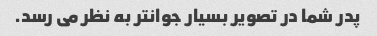
پدر شما در تصویر بسیار جوانتر به نظر می رسد.